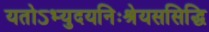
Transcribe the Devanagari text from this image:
यतोऽभ्युदयनिःश्रेयससिद्धि